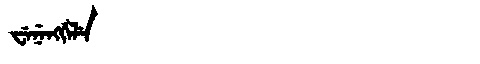
Manchu: ᠸᡝᠨᡝᠩᡤᡝᠯᡝ
Romanization: WENENGGELE